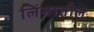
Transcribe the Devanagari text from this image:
लिंगातील